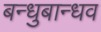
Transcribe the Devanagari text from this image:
बन्धुबान्धव